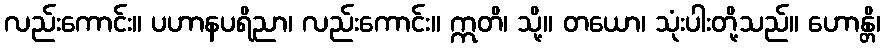
လည်းကောင်း။ ပဟာနပရိညာ၊ လည်းကောင်း။ ဣတိ၊ သို့။ တယော၊ သုံးပါးတို့သည်။ ဟောန္တိ၊